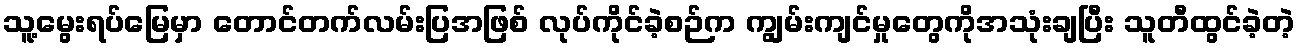
သူ့မွေးရပ်မြေမှာ တောင်တက်လမ်းပြအဖြစ် လုပ်ကိုင်ခဲ့စဉ်က ကျွမ်းကျင်မှုတွေကိုအသုံးချပြီး သူတီထွင်ခဲ့တဲ့